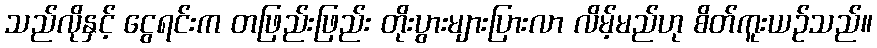
သည်လိုနှင့် ငွေရင်းက တဖြည်းဖြည်း တိုးပွားများပြားလာ လိမ့်မည်ဟု စိတ်ကူးယဉ်သည်။